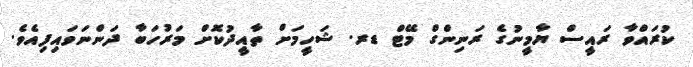
ކުރައްވާ ރައީސް ޔާމީނުގެ ރަނިންގް މޭޓް ޑރ. ޝަހީމަށް ތާއީދުކޮށް މަރުހަބާ ދަންނަވައިފިއެވެ.